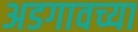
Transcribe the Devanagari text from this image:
अडगावच्या